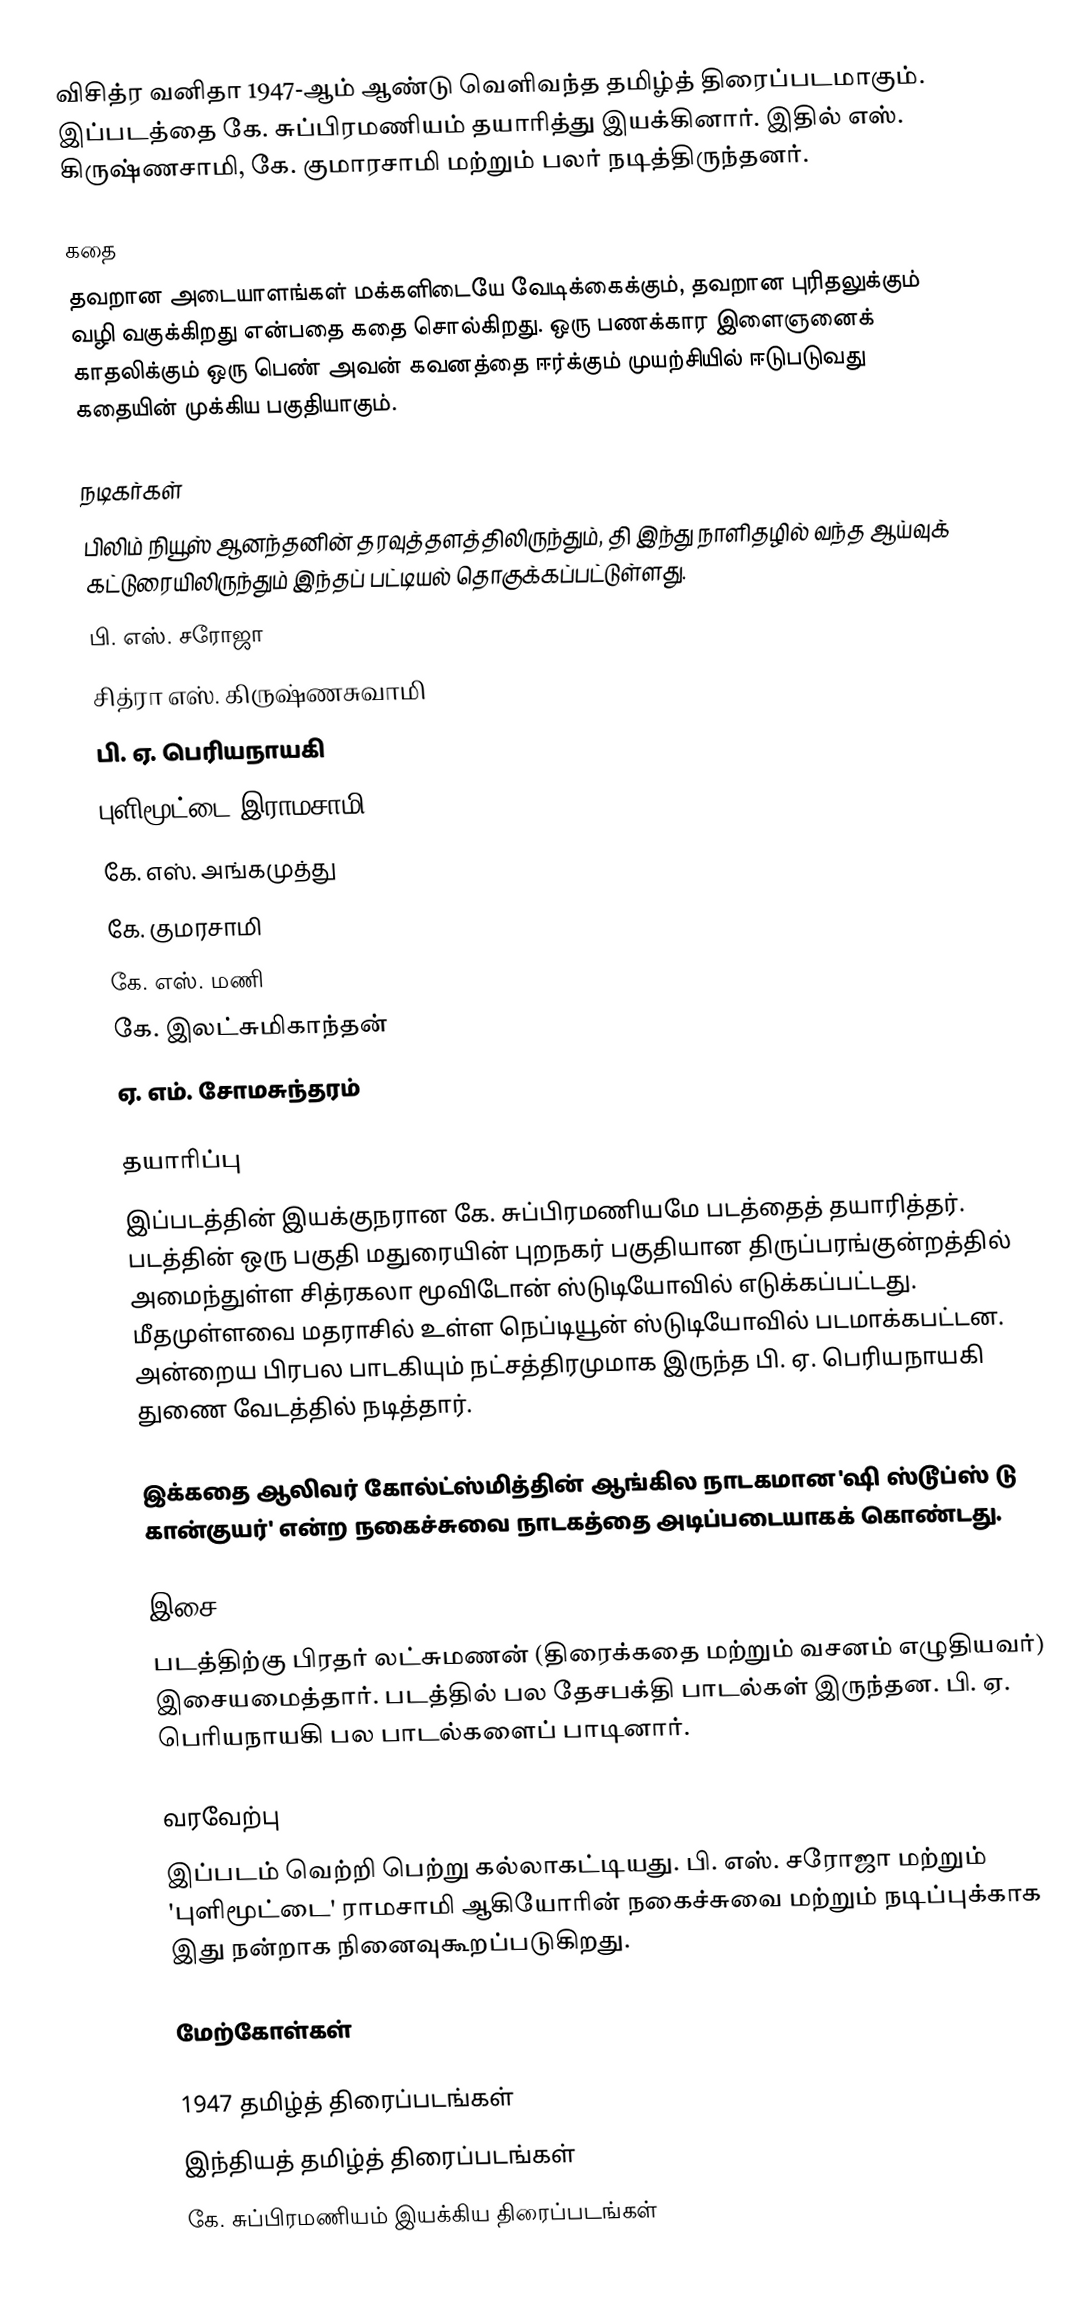
விசித்ர வனிதா 1947-ஆம் ஆண்டு வெளிவந்த தமிழ்த் திரைப்படமாகும். இப்படத்தை கே. சுப்பிரமணியம் தயாரித்து இயக்கினார். இதில் எஸ். கிருஷ்ணசாமி, கே. குமாரசாமி மற்றும் பலர் நடித்திருந்தனர்.

கதை
தவறான அடையாளங்கள் மக்களிடையே வேடிக்கைக்கும், தவறான புரிதலுக்கும் வழி வகுக்கிறது என்பதை கதை சொல்கிறது. ஒரு பணக்கார இளைஞனைக் காதலிக்கும் ஒரு பெண் அவன் கவனத்தை ஈர்க்கும் முயற்சியில் ஈடுபடுவது கதையின் முக்கிய பகுதியாகும்.

நடிகர்கள்
பிலிம் நியூஸ் ஆனந்தனின் தரவுத்தளத்திலிருந்தும், தி இந்து நாளிதழில் வந்த ஆய்வுக் கட்டுரையிலிருந்தும் இந்தப் பட்டியல் தொகுக்கப்பட்டுள்ளது.
பி. எஸ். சரோஜா
சித்ரா எஸ். கிருஷ்ணசுவாமி
பி. ஏ. பெரியநாயகி
புளிமூட்டை இராமசாமி
கே. எஸ். அங்கமுத்து
கே. குமரசாமி
கே. எஸ். மணி
கே. இலட்சுமிகாந்தன்
ஏ. எம். சோமசுந்தரம்

தயாரிப்பு
இப்படத்தின் இயக்குநரான கே. சுப்பிரமணியமே படத்தைத் தயாரித்தர். படத்தின் ஒரு பகுதி மதுரையின் புறநகர் பகுதியான திருப்பரங்குன்றத்தில் அமைந்துள்ள சித்ரகலா மூவிடோன் ஸ்டுடியோவில் எடுக்கப்பட்டது. மீதமுள்ளவை மதராசில் உள்ள நெப்டியூன் ஸ்டுடியோவில் படமாக்கபட்டன. அன்றைய பிரபல பாடகியும் நட்சத்திரமுமாக இருந்த பி. ஏ. பெரியநாயகி துணை வேடத்தில் நடித்தார்.

இக்கதை ஆலிவர் கோல்ட்ஸ்மித்தின் ஆங்கில நாடகமான 'ஷி ஸ்டூப்ஸ் டு கான்குயர்' என்ற நகைச்சுவை நாடகத்தை அடிப்படையாகக் கொண்டது.

இசை
படத்திற்கு பிரதர் லட்சுமணன் (திரைக்கதை மற்றும் வசனம் எழுதியவர்) இசையமைத்தார். படத்தில் பல தேசபக்தி பாடல்கள் இருந்தன. பி. ஏ. பெரியநாயகி பல பாடல்களைப் பாடினார்.

வரவேற்பு
இப்படம் வெற்றி பெற்று கல்லாகட்டியது. பி. எஸ். சரோஜா மற்றும் 'புளிமூட்டை' ராமசாமி ஆகியோரின் நகைச்சுவை மற்றும் நடிப்புக்காக இது நன்றாக நினைவுகூறப்படுகிறது.

மேற்கோள்கள்

1947 தமிழ்த் திரைப்படங்கள்
இந்தியத் தமிழ்த் திரைப்படங்கள்
கே. சுப்பிரமணியம் இயக்கிய திரைப்படங்கள்